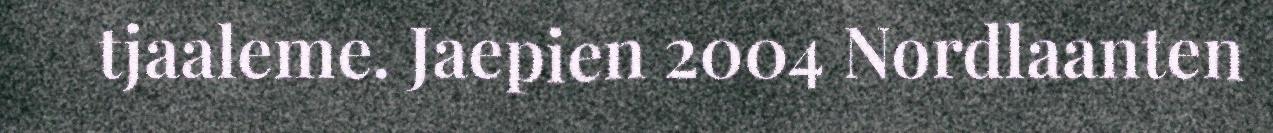
tjaaleme. Jaepien 2004 Nordlaanten